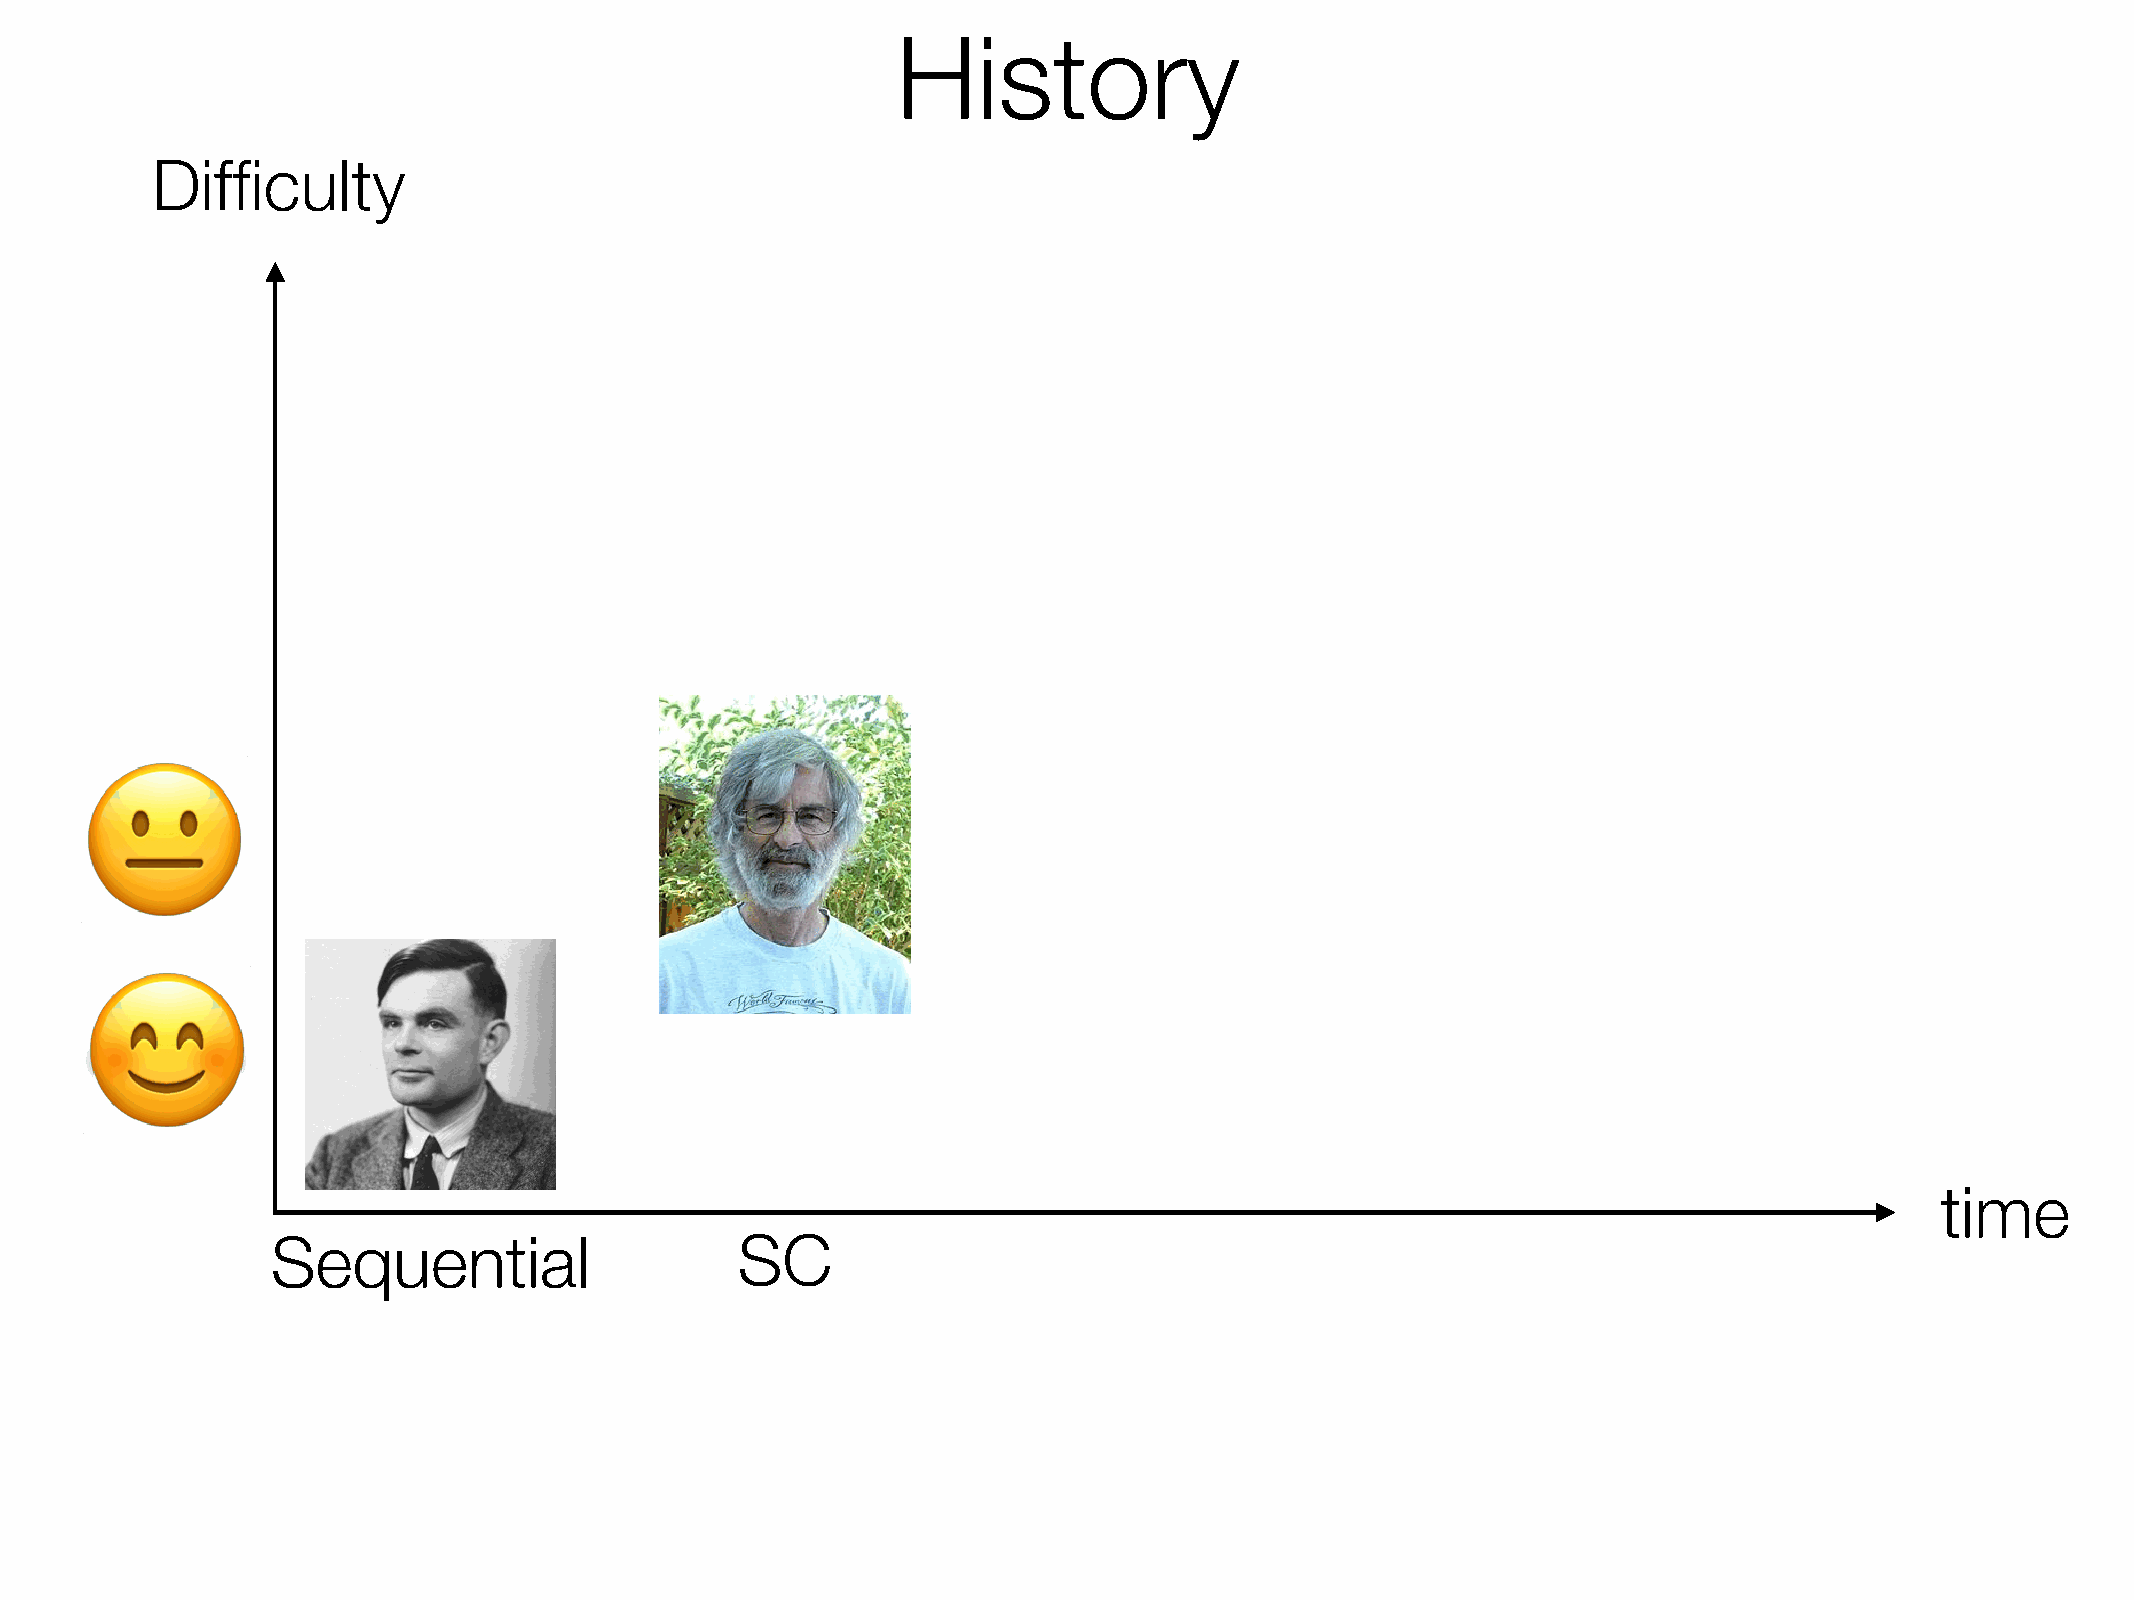
History
 Difficulty
 😐
 😊
 time
 Sequential                     SC